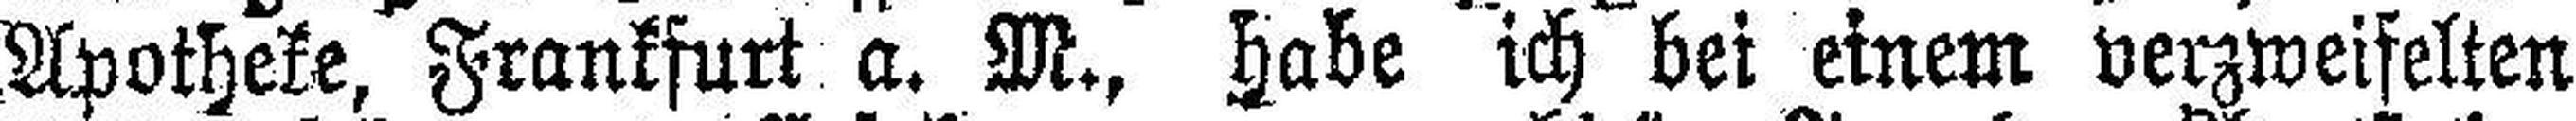
Apotheke, Frankfurt a. M., habe ich bei einem verzweifelten